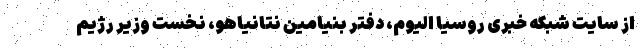
از سایت شبکه خبری روسیا الیوم، دفتر بنیامین نتانیاهو، نخست وزیر رژیم